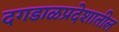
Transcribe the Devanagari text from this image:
दगडाळप्रदेशातील